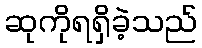
ဆုကိုရရှိခဲ့သည်